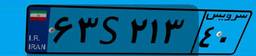
۷۹S۸۸۰۵۲